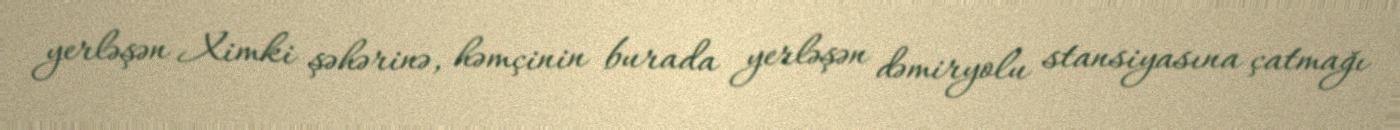
yerləşən Ximki şəhərinə, həmçinin burada yerləşən dəmiryolu stansiyasına çatmağı